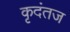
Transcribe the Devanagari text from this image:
कृदंतज